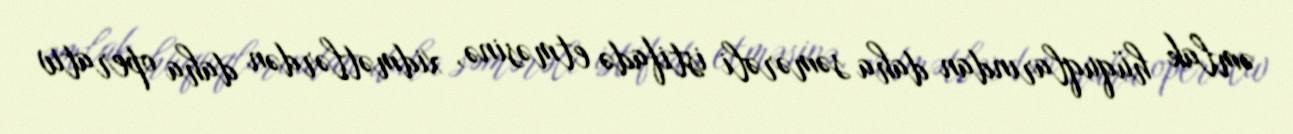
əmlak hüquqlarından daha səmərəli istifadə etməsinə, xidmətlərdən daha operativ